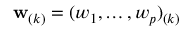
\mathbf { w } _ { ( k ) } = ( w _ { 1 } , \dots , w _ { p } ) _ { ( k ) }